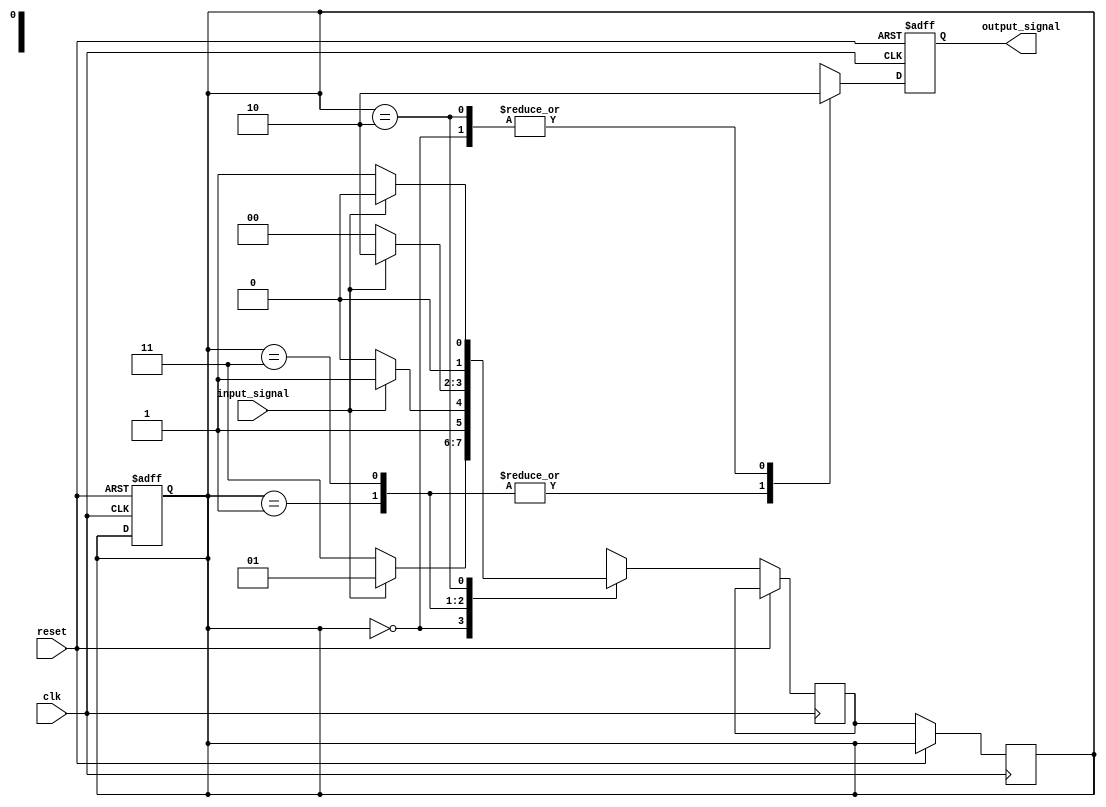
module gray_code_state_machine (
    input wire clk,
    input wire reset,
    input wire input_signal,
    output reg output_signal
);

// State encoding in Gray code
parameter STATE_0 = 2'b00;
parameter STATE_1 = 2'b01;
parameter STATE_2 = 2'b11;
parameter STATE_3 = 2'b10;

// State register
reg [1:0] current_state;
reg [1:0] next_state;

// State machine logic
always @(posedge clk or posedge reset) begin
    if (reset) begin
        current_state <= STATE_0;
    end else begin
        case (current_state)
            STATE_0: begin
                if (input_signal) begin
                    next_state <= STATE_1;
                end else begin
                    next_state <= STATE_2;
                end
            end
            STATE_1: begin
                if (input_signal) begin
                    next_state <= STATE_2;
                end else begin
                    next_state <= STATE_3;
                end
            end
            STATE_2: begin
                if (input_signal) begin
                    next_state <= STATE_3;
                end else begin
                    next_state <= STATE_0;
                end
            end
            STATE_3: begin
                if (input_signal) begin
                    next_state <= STATE_0;
                end else begin
                    next_state <= STATE_1;
                end
            end
        endcase
    end
end

// State transition
always @(posedge clk or posedge reset) begin
    if (reset) begin
        output_signal <= 1'b0;
    end else begin
        current_state <= next_state;
        case (current_state)
            STATE_0: output_signal <= 1'b0;
            STATE_1: output_signal <= 1'b1;
            STATE_2: output_signal <= 1'b1;
            STATE_3: output_signal <= 1'b0;
        endcase
    end
end

endmodule